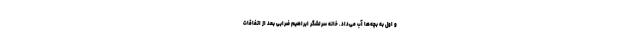
و اول به بچه‌ها آب می‌داد. خانه سرلشگر ابراهیم ضرابی بعد از اتفاقات